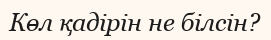
Көл қадірін не білсін?